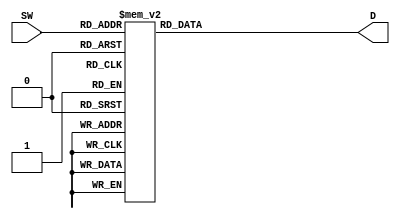
module led_D (input [0:3] SW,
              output reg D);
always @ (*) begin
	case(SW)
    0: D=~1;
	1: D=~0;
	2: D=~1;
	3: D=~1;
	4: D=~0;
	5: D=~1;
	6: D=~1;
	7: D=~0;
	8: D=~1;
	9: D=~0;
	10: D=~0;
	11: D=~1;
	12: D=~1;
	13: D=~1;
	14: D=~1;
	15: D=~0;
	endcase
end            
endmodule